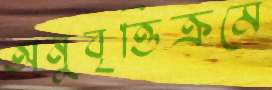
অনুবৃত্তিক্রমে